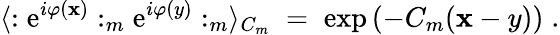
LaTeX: \langle:\mathrm{e}^{i\varphi(\mathbf{x})}:_{m}\mathrm{e}^{i\varphi(y)}:_{m}\rangle_{C_{m}}\; =\; \exp\left(-C_{m}(\mathbf{x}-y)\right)\; .